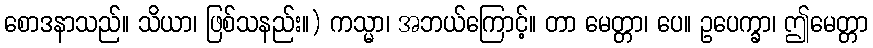
စောဒနာသည်။ သိယာ၊ ဖြစ်သနည်း။) ကသ္မာ၊ အဘယ်ကြောင့်။ တာ မေတ္တာ၊ ပေ။ ဥပေက္ခာ၊ ဤမေတ္တာ